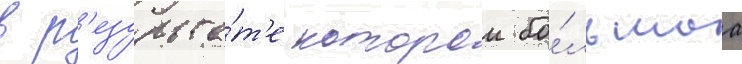
в р'езульта́т'е которои бо́льшаа